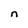
Character: n